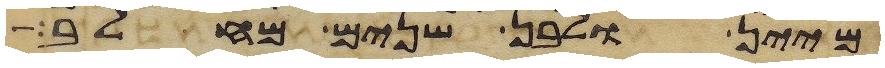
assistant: מיין ולבן שנים מחלב